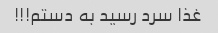
غذا سرد رسید به دستم!!!